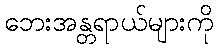
ဘေးအန္တရာယ်များကို